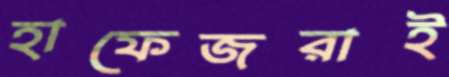
হাফেজরাই